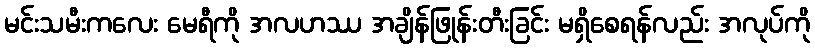
မင်းသမီးကလေး မေရီကို အလဟဿ အချိန်ဖြုန်းတီးခြင်း မရှိစေရန်လည်း အလုပ်ကို